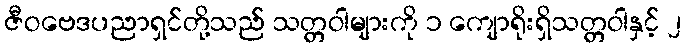
ဇီဝဗေဒပညာရှင်တို့သည် သတ္တဝါများကို ၁ ကျောရိုးရှိသတ္တဝါနှင့် ၂